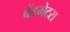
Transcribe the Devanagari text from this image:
बैंडमेटस